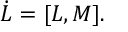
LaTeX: \dot { { \cal L } } = [ { \cal L } , M ] .